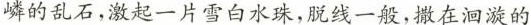
鳞的乱石,激起一片雪白水珠,脱线一般,撒在洄漩的